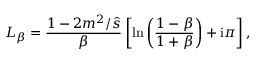
L _ { \beta } = \frac { 1 - 2 m ^ { 2 } / \hat { s } } { \beta } \left[ \ln \left( \frac { 1 - \beta } { 1 + \beta } \right) + \mathrm { i } \pi \right] ,